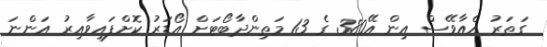
ގަތަރު އެއާވޭސް އިން އޭ380 ގެ 13 މަތިންދާބޯޓަށް އޯޑަރު ކޮށްފައިވާއިރު އަންނަ